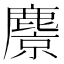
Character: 麖